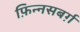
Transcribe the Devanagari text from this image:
फ़िन्नसबर्ग़